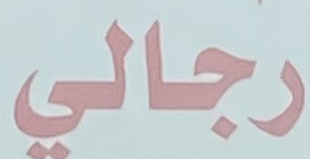
رجالي